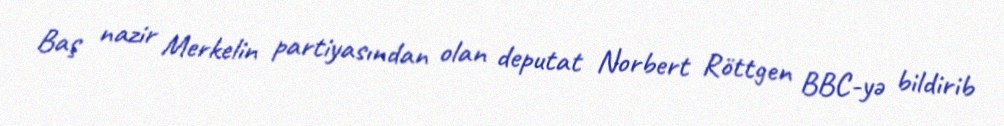
Baş nazir Merkelin partiyasından olan deputat Norbert Röttgen BBC-yə bildirib